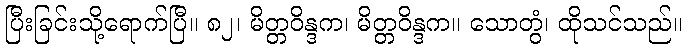
ပြီးခြင်းသို့ရောက်ပြီ။ ၈၂၊ မိတ္တဝိန္ဒက၊ မိတ္တဝိန္ဒက။ သောတွံ၊ ထိုသင်သည်။